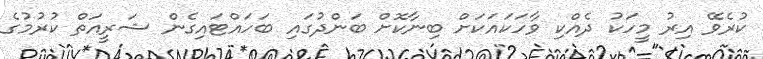
ކުރެވޭ އިރު މީހަކު ދެއްކި ވާހަކައަކަށް ބިނާކޮށް ބަންދުގައި ބަހައްޓައިގެން ޝަރީއަތް ކުރުމުގެ